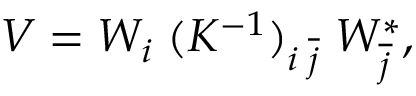
V = W _ { i } \; ( K ^ { - 1 } ) _ { i \; \overline { { { j } } } } \; W _ { \overline { { { j } } } } ^ { * } ,